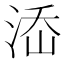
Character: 𣵜